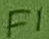
Text: F1